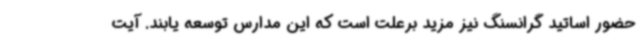
حضور اساتید گرانسنگ نیز مزید برعلت است که این مدارس توسعه یابند. آیت